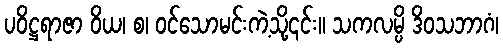
ပဝိဋ္ဌရာဇာ ဝိယ၊ စ၊ ဝင်သောမင်းကဲ့သို့၎င်း။ သကလမ္ပိ ဒိဝသဘာဂံ၊